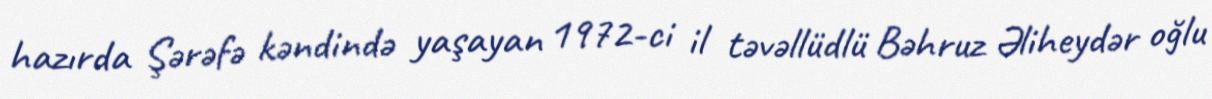
hazırda Şərəfə kəndində yaşayan 1972-ci il təvəllüdlü Bəhruz Əliheydər oğlu